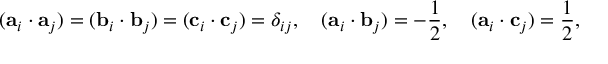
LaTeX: ( { \bf a } _ { i } \cdot { \bf a } _ { j } ) = ( { \bf b } _ { i } \cdot { \bf b } _ { j } ) = ( { \bf c } _ { i } \cdot { \bf c } _ { j } ) = \delta _ { i j } , \quad ( { \bf a } _ { i } \cdot { \bf b } _ { j } ) = - \frac { 1 } { 2 } , \quad ( { \bf a } _ { i } \cdot { \bf c } _ { j } ) = \frac { 1 } { 2 } , \quad